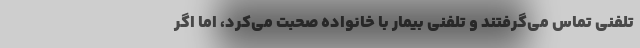
تلفنی تماس می‌گرفتند و تلفنی بیمار با خانواده صحبت می‌کرد، اما اگر